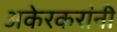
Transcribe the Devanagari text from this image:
अकेरकरांनी